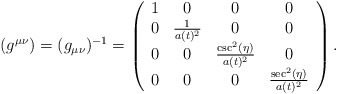
\begin{align*}(g^{\mu \nu}) = (g_{\mu \nu})^{-1}= \left(\begin{array}{cccc} 1 & 0 & 0 & 0 \\ 0 & \frac{1}{a(t)^2} & 0 & 0 \\ 0 & 0 & \frac{\csc ^2(\eta )}{a(t)^2} & 0 \\ 0 & 0 & 0 & \frac{\sec ^2(\eta )}{a(t)^2} \\\end{array}\right). \end{align*}